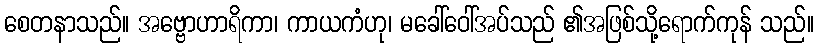
စေတနာသည်။ အဗ္ဗောဟာရိကာ၊ ကာယကံဟု၊ မခေါ်ဝေါ်အပ်သည် ၏အဖြစ်သို့ရောက်ကုန် သည်။